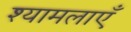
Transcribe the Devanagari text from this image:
श्यामलाएँ